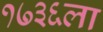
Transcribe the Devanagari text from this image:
१७३६ला